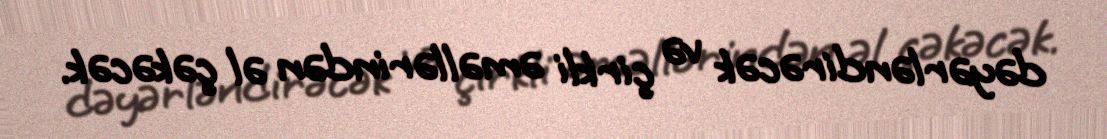
dəyərləndirəcək və çirkli əməllərindən əl çəkəcək.